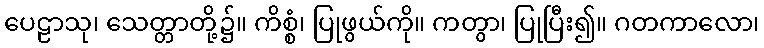
ပေဠာသု၊ သေတ္တာတို့၌။ ကိစ္စံ၊ ပြုဖွယ်ကို။ ကတွာ၊ ပြုပြီး၍။ ဂတကာလော၊